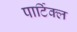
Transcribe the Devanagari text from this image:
पार्टिक्ल